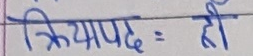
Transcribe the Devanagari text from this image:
क्रियापद = हो